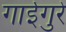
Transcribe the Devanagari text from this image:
गाईगुरे